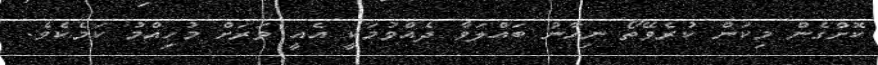
ކޮށްގެން މިކަން ކުރެވޭތޯ ނިހާނު ބައްލަވާ ދެއްވުމަކީ އެއީ ވަރަށް މުހިއްމު ކަމެކެވެ.